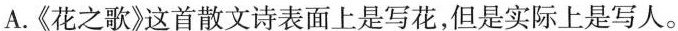
A.《花之歌》这首散文诗表面上是写花，但是实际上是写人。